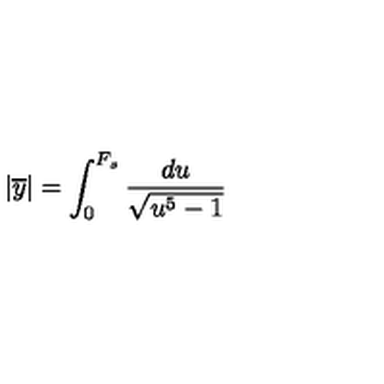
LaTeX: | \overline { { y } } | = \int _ { 0 } ^ { F _ { s } } \frac { d u } { \sqrt { u ^ { 5 } - 1 } }